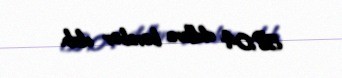
58,04 dollara bərabər olub.